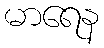
မာရေန